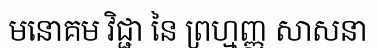
មនោគម វិជ្ជា នៃ ព្រហ្មញ្ញ សាសនា